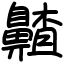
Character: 齄